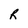
Character: R